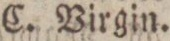
C. Virgin.